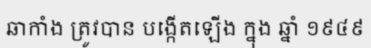
ឆាកាំង ត្រូវបាន បង្កើតឡើង ក្នុង ឆ្នាំ ១៩៤៩